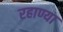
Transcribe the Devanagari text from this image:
रहाण्या